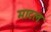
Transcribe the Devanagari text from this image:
माटल